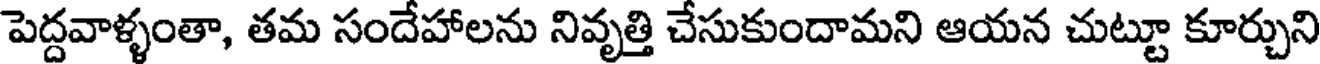
పెద్దవాళ్ళంతా, తమ సందేహాలను నివృత్తి చేసుకుందామని ఆయన చుట్టూ కూర్చుని